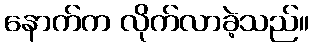
နောက်က လိုက်လာခဲ့သည်။